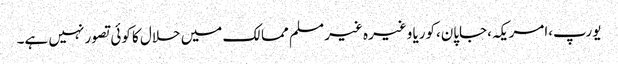
یورپ،امریکہ،جاپان،کوریا وغیرہ غیر مسلم ممالک میں حلال کا کوئی تصور نہیں ہے۔